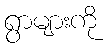
ရွာများကို